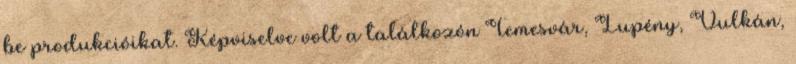
be produkcióikat. Képviselve volt a találkozón Temesvár, Lupény, Vulkán,